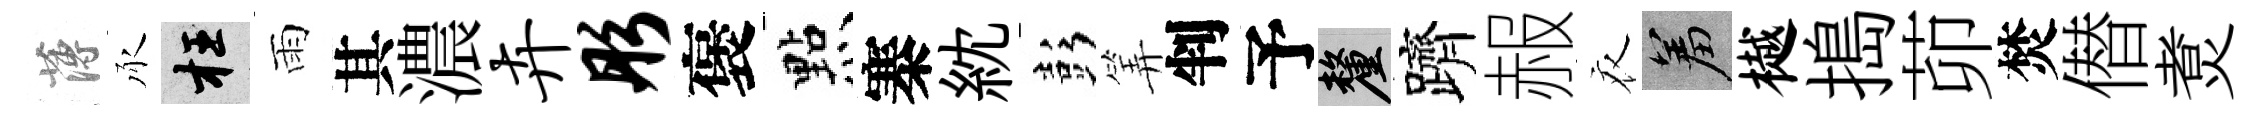
薄承枉雨其濃卉彤褒㸃寨紞彭筭判予厘躋赧衣羞樾搗茆焚僣煑